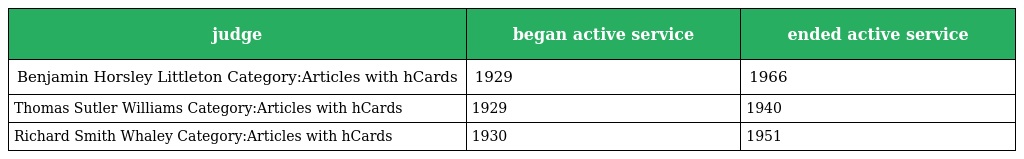
| judge | began active service | ended active service |
 | --- | --- | --- |
 | Benjamin Horsley Littleton Category:Articles with hCards | 1929 | 1966 |
 | Thomas Sutler Williams Category:Articles with hCards | 1929 | 1940 |
 | Richard Smith Whaley Category:Articles with hCards | 1930 | 1951 |